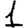
Digit: 1